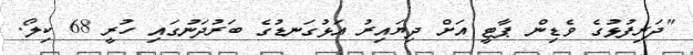
"ދަރިފުޅުގެ ވެޑިން ޕާޓީ އަށް ދިޔައިރު އަޅުގަނޑުގެ ބަރުދަނުގައި ހުރީ 68 ކިލޯ.